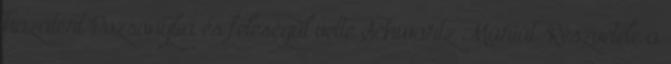
hazatért Pozsonyba és feleségül vette Schwartz Máriát. Részvétele a